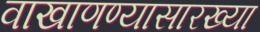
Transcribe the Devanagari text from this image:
वाखाणण्यासारख्या